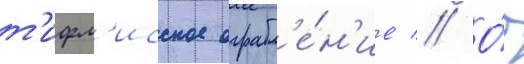
т'ифл'исское ограбл'е́н'ие // О́б